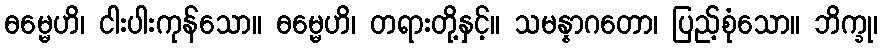
ဓမ္မေဟိ၊ ငါးပါးကုန်သော။ ဓမ္မေဟိ၊ တရားတို့နှင့်။ သမန္နာဂတော၊ ပြည့်စုံသော။ ဘိက္ခု၊